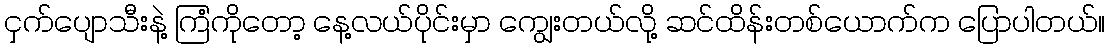
ငှက်ပျောသီးနဲ့ ကြံကိုတော့ နေ့လယ်ပိုင်းမှာ ကျွေးတယ်လို့ ဆင်ထိန်းတစ်ယောက်က ပြောပါတယ်။